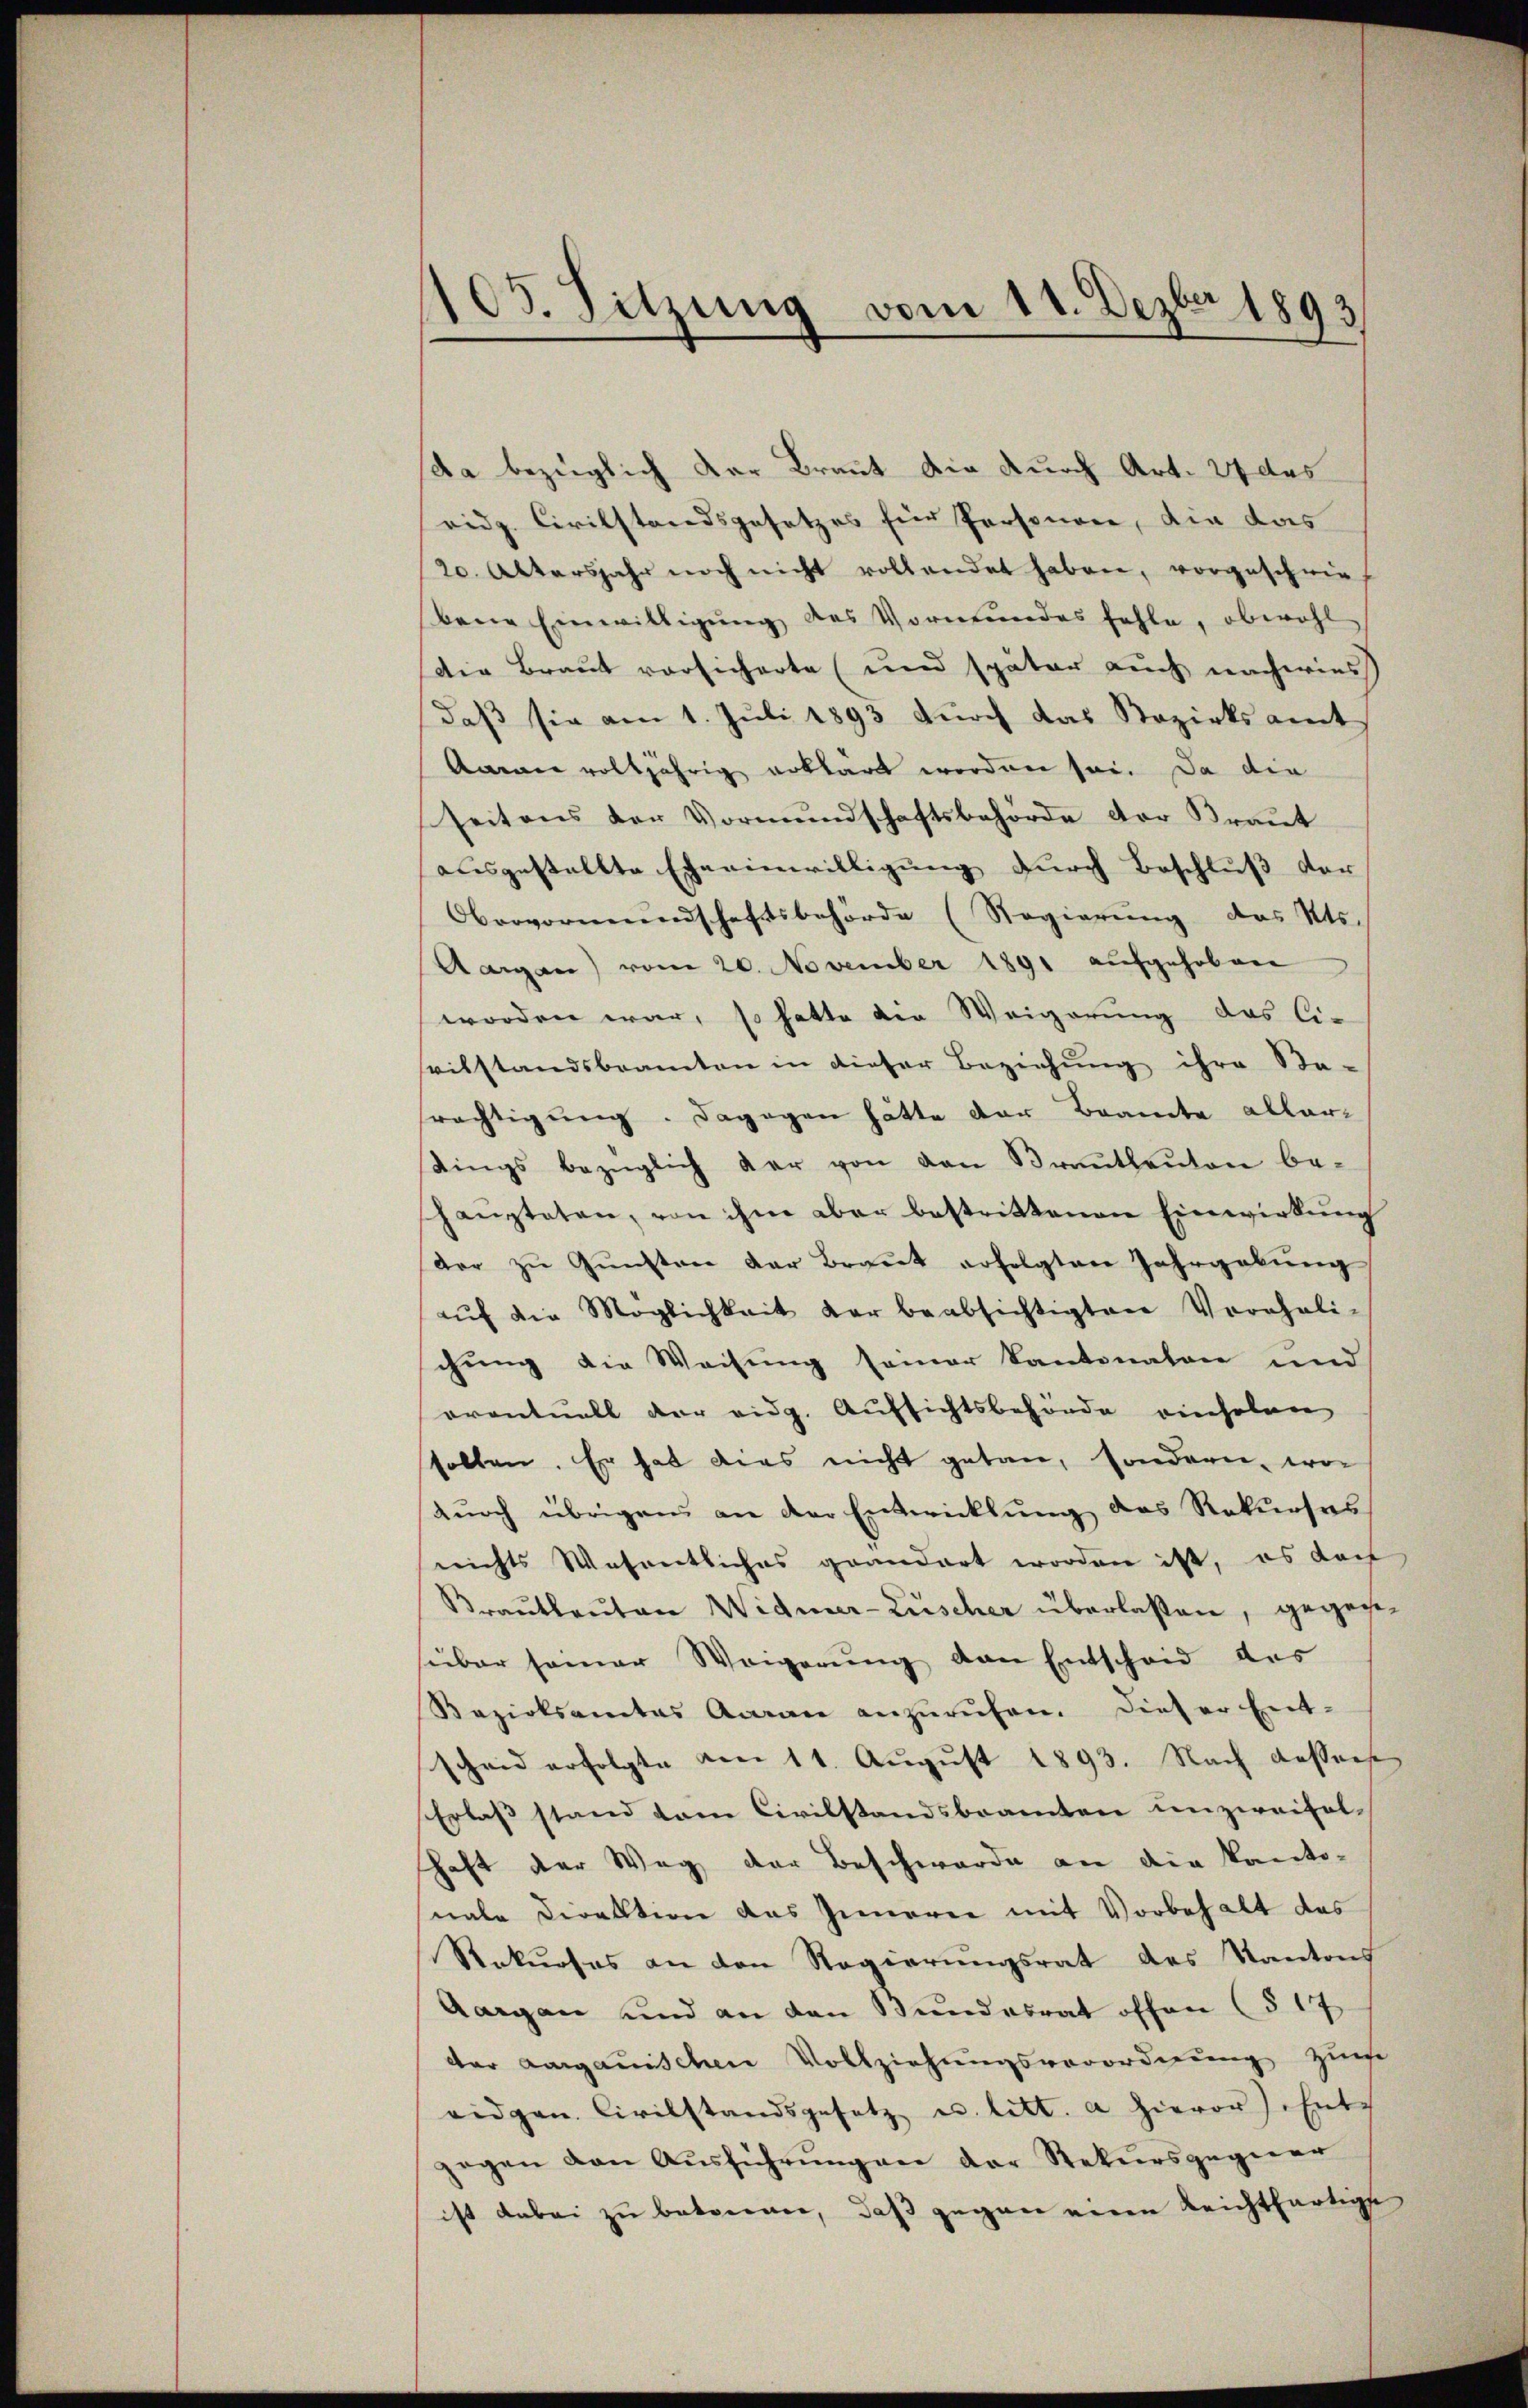
105. Sitzung vom 11. Dezbr 1893

da bezüglich der Braut die durch Art. 27 des
ridg. Civilstandsgesetzes für Personare, die das
20. Altersjahr noch nicht vollendet haben, vorgeschwie-
bene Einwilligŭng des Vormundes fehle, obwohl
die Braut vorsicherte (und später auch nachwies
daß sie am 1. Juli 1893 durch das Bezirksamt
Ammen volljährig erklärt worden sei. Da die
seitens der Vormundschaftsbehörde der Braut
ausgestellte Eheeinwilligung durch Beschluß der
Obervormŭndschaftsbehörde (Regierŭng des Kts.
Aargau) vom 20. November 1891 aufgehoben
worden war, so hatte die Weigerung das lie
seitstandsbeamten in dieser Beziehŭng ihre Be-
rächtigŭng. Dagegen hätte der Beamte allerdings bezüglich der von den Brantlanton be-
schaupteten, von ihm aber bestrittenen Einwirkung
Vor zŭ Gŭnsten der Braut erfolgten Jahrgabŭng
aŭf die Möglichkeit der beabsichtigten Vereheli-
chung die Weisung seiner Kantonalen und
oventuell der eidg. Aufsichtsbehörde einholen
sollen. Er hat dies nicht getan, sondern, wor
dŭrch übrigen an der Entwicklung des Rekŭrses
nichts Wesentliches geändert worden ist, es dar
Krautleuten Widmer-Luscher überlaßen, gegeneüber seiner Weigerŭng von Entscheid des
Rezirksamtes Arran anzurufen. Dieser Ent-
scheid erfolgte am 11. Aŭgŭst 1893. Nach dasserse
Erlaß stand vom Civilstandsbeamten unzweifelschaft der Weg der Beschwerde an die Kanto-
nale Direktion das Innerer mit Vorbehalt das
Rekurses an den Regierŭngsrat des Kantons
Aargau und an den Bundesrat offen (§ 17
dar aargauischen Vollziehungsverordnung zum
eidgen. Civilstandsgesetz u. litt. a hievor Ente
gegen den Aŭsführŭngen der Rekursgegner
ist dabei zu betonen, daß gegen einen Reichtfertige